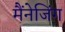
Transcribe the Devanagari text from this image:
मैंनेजिंग